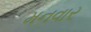
મનવાર